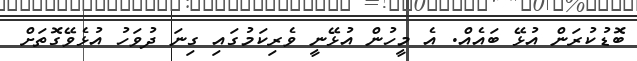
ބޮޑުކުރަން އުޅޭ ބައެއް. އެ މީހުން އުޅޭނީ ވެރިކަމުގައި ގިނަ ދުވަހު އުޅެވޭގޮތަށް